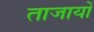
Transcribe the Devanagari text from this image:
ताजायों